Civil Veterinary Department. Madras. Admin. report 1910-25 - 1910-1925
Year: 1910
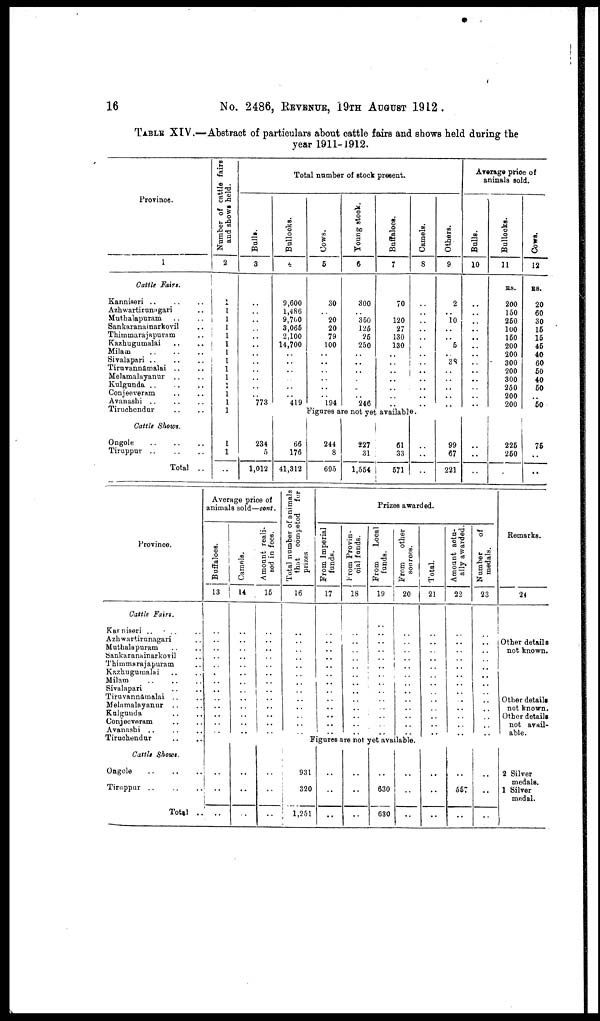
16
No. 2486, REVENUE, I9TH AUGUST 1912.
TABLE XIV.—Abstract of particulars about cattle fairs and shows held during the
year 1911-1912.
Province.
1
Cattle Fairs.
Kanniseri .. .. ..
Azhwartirunagari ..
Muthalapuram .. ..
Sankaranainarkovil ..
Thimmarajapuram ..
Kazhugumalai .. ..
Milam .. .. ..
Sivalapari .. .. ..
Tiruvannamalai .. ..
Melamalayanur .. ..
Kulgunda .. .. ..
Conjeeveram .. ..
Avanashi .. .. ..
Tiruehendur .. ..
Cattle Shows.
Ongole
Tiruppur .. .. ..
Total ..
Number of cattle fairs
and shows held.
2
1
1
1
1
1
1
1
1
1
1
1
1
1
1
1
1
..
Total number of stock present.
Bulls.
3
..
..
..
..
..
..
..
..
..
..
..
..
773
Bullocks.
4
9,600
1,486
9,700
3,065
2.100
14,700
..
..
..
..
..
..
419
Cows.
5
30
..
20
20
79
100
..
..
..
..
..
..
194
Young stock.
6
300
..
350
125
25
250
..
..
..
..
..
..
246
Buffaloes.
7
70
..
120
27
130
130
..
..
..
..
..
..
..
Camels.
8
..
..
..
..
..
..
..
..
..
..
..
..
..
Others.
9
2
..
10
..
..
5
..
38
..
..
..
..
..
Average price of
animals sold.
Bulls.
10
..
..
..
..
..
..
..
..
..
..
..
..
..
Bullocks.
11
RS.
200
150
250
100
150
200
200
300
200
300
250
200
200
Coirs.
12
RS.
20
60
30
15
15
45
40
60
50
40
50
..
50
Figures are not yet available.
234
5
1,012
66
176
41,312
244
8
695
227
31
1,554
61
33
571
..
..
..
99
67
221
..
..
..
225
250
..
75
..
..
Province.
Cattle Fairs.
Kanniseri .. .. ..
Azhwartirunagari ..
Muthalapuram .. ..
Sankaranainarkovil ..
Thimmarajapuram ..
Kazhugumalai .. ..
Milam .. .. ..
Sivalapari .. ..
Tiruvannamalai .. ..
Melamalayanur .. ..
Kulguuda .. ..
Conjeeveram .. ..
Avanashi .. .. ..
Tiruohendur .. ..
Cattle Shows.
Ongole .. .. .. ..
Tiruppur .. .. ..
Total ..
Average price of
animals sold—cont.
Buffaloes.
13
..
..
..
..
..
..
..
..
..
..
..
..
..
..
..
..
..
Camels.
14
..
..
..
..
..
..
..
..
..
..
..
..
..
..
..
..
..
Amount reali-
sed in fees.
15
..
..
..
..
..
..
..
..
..
..
..
..
..
..
..
..
..
Total number of animals
that competed for
prizes.
16
..
..
..
..
..
..
..
..
..
..
..
..
..
Prizes awarded.
From Imperial
funds.
17
..
..
..
..
..
..
..
..
..
..
..
..
..
From Provin-
cial funds.
18
..
..
..
..
..
..
..
..
..
..
..
..
..
From
Local
funds.
19
..
..
..
..
..
..
..
..
..
..
..
..
..
From
other
sources.
20
..
..
..
..
..
..
..
..
..
..
..
..
..
Figures are not yet available.
931
320
1,251
..
..
..
..
..
..
..
630
630
..
..
..
Total.
21
..
..
..
..
..
..
..
..
..
..
..
..
..
..
..
..
Amount actu-
ally awarded.
22
..
..
..
..
..
..
..
..
..
..
..
..
..
..
557
..
Number
of
medals.
23
..
..
..
..
..
..
..
..
..
..
..
..
..
..
..
..
Remarks.
24
Other details
not known.
Other details
not known.
Other details
not avail-
able.
2 Silver
medals.
1 Silver
medal.